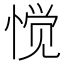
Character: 𱞶